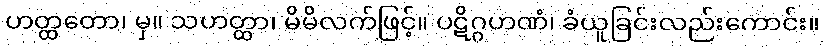
ဟတ္ထတော၊ မှ။ သဟတ္ထာ၊ မိမိလက်ဖြင့်။ ပဋိဂ္ဂဟဏံ၊ ခံယူခြင်းလည်းကောင်း။